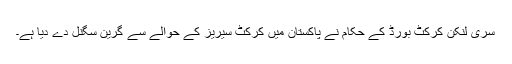
سری لنکن کرکٹ بورڈ کے حکام نے پاکستان میں کرکٹ سیریز کے حوالے سے گرین سگنل دے دیا ہے۔